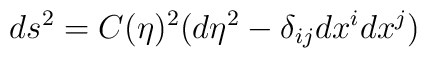
ds^2 = C(\eta)^2(d\eta^2-\delta_{ij}dx^idx^j)